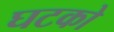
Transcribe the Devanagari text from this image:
घटको